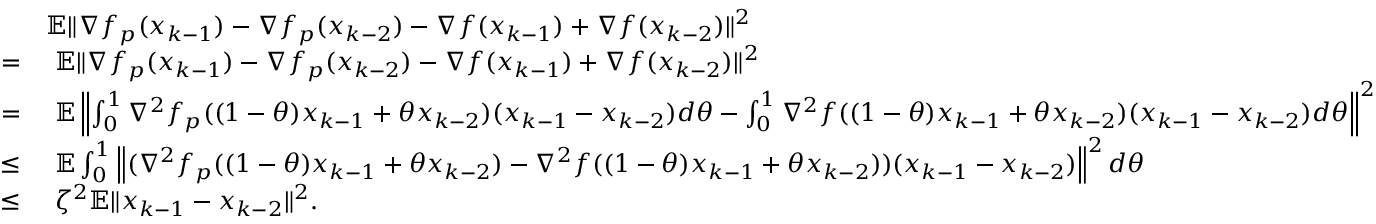
\begin{array} { r l } & { \mathbb { E } \| \nabla f _ { p } ( x _ { k - 1 } ) - \nabla f _ { p } ( x _ { k - 2 } ) - \nabla f ( x _ { k - 1 } ) + \nabla f ( x _ { k - 2 } ) \| ^ { 2 } } \\ { = } & { \ \mathbb { E } \| \nabla f _ { p } ( x _ { k - 1 } ) - \nabla f _ { p } ( x _ { k - 2 } ) - \nabla f ( x _ { k - 1 } ) + \nabla f ( x _ { k - 2 } ) \| ^ { 2 } } \\ { = } & { \ \mathbb { E } \left\| \int _ { 0 } ^ { 1 } \nabla ^ { 2 } f _ { p } ( ( 1 - \theta ) x _ { k - 1 } + \theta x _ { k - 2 } ) ( x _ { k - 1 } - x _ { k - 2 } ) d \theta - \int _ { 0 } ^ { 1 } \nabla ^ { 2 } f ( ( 1 - \theta ) x _ { k - 1 } + \theta x _ { k - 2 } ) ( x _ { k - 1 } - x _ { k - 2 } ) d \theta \right\| ^ { 2 } } \\ { \leq } & { \ \mathbb { E } \int _ { 0 } ^ { 1 } \left\| ( \nabla ^ { 2 } f _ { p } ( ( 1 - \theta ) x _ { k - 1 } + \theta x _ { k - 2 } ) - \nabla ^ { 2 } f ( ( 1 - \theta ) x _ { k - 1 } + \theta x _ { k - 2 } ) ) ( x _ { k - 1 } - x _ { k - 2 } ) \right\| ^ { 2 } d \theta } \\ { \leq } & { \ \zeta ^ { 2 } \mathbb { E } \| x _ { k - 1 } - x _ { k - 2 } \| ^ { 2 } . } \end{array}